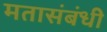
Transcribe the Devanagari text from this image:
मतासंबंधी